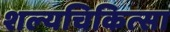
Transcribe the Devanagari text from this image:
शल्‍यचिकित्‍सा